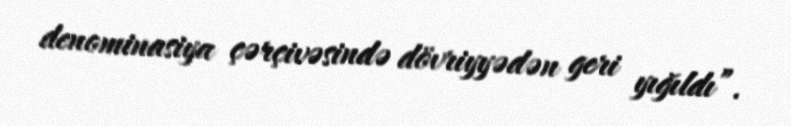
denominasiya çərçivəsində dövriyyədən geri yığıldı”.